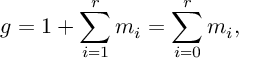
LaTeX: g = 1 + \sum _ { i = 1 } ^ { r } m _ { i } = \sum _ { i = 0 } ^ { r } m _ { i } ,